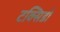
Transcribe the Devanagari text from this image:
टक्सिडो